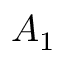
A _ { 1 }